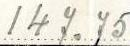
147.75